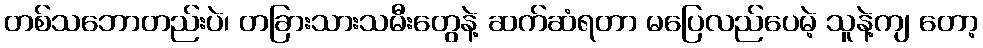
တစ်သဘောတည်းပဲ၊ တခြားသားသမီးတွေနဲ့ ဆက်ဆံရတာ မပြေလည်ပေမဲ့ သူနဲ့ကျ တော့